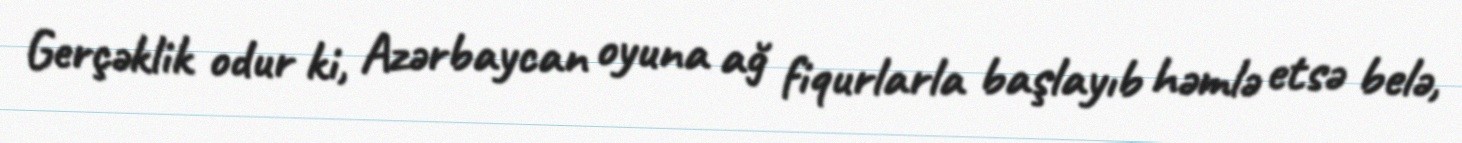
Gerçəklik odur ki, Azərbaycan oyuna ağ fiqurlarla başlayıb həmlə etsə belə,